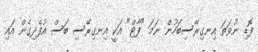
ފޮޑި ނުވަތަ އިނގިރޭސިބަހުން ނަމަ "ފާޓް" އަކީ އިނގިރޭސި ބަސް އުފެދިގެން އައި